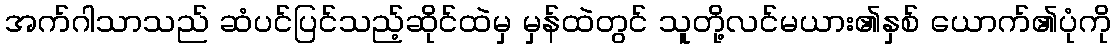
အက်ဂါသာသည် ဆံပင်ပြင်သည့်ဆိုင်ထဲမှ မှန်ထဲတွင် သူတို့လင်မယား၏နှစ် ယောက်၏ပုံကို